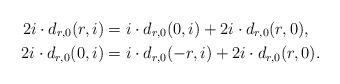
LaTeX: \begin{align*}2i\cdot d_{r,0}(r,i)&=i\cdot d_{r,0}(0,i)+2i\cdot d_{r,0}(r,0),\\2i\cdot d_{r,0}(0,i)&=i\cdot d_{r,0}(-r,i)+2i\cdot d_{r,0}(r,0).\end{align*}